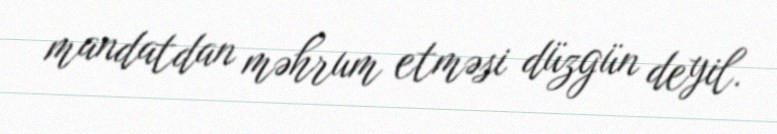
mandatdan məhrum etməsi düzgün deyil.